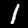
Digit: 1